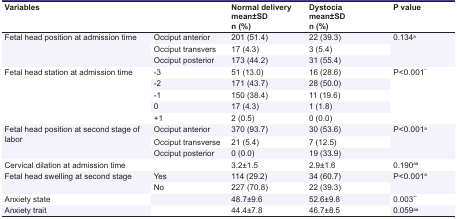
<table><thead><tr><td colspan="2"><b>Variables </b></td><td><b>Normal deliverymean±SDn (%)</b></td><td><b>Dystociamean±SDn (%)</b></td><td><b>P value </b></td></tr></thead><tbody><tr><td rowspan="3"> Fetal head position at admission time </td><td> Occiput anterior </td><td> 201 (51.4) </td><td> 22 (39.3) </td><td rowspan="3">0.134<sup>a</sup></td></tr><tr><td> Occiput transvers </td><td> 17 (4.3) </td><td> 3 (5.4) </td></tr><tr><td> Occiput posterior </td><td> 173 (44.2) </td><td> 31 (55.4) </td></tr><tr><td rowspan="5"> Fetal head station at admission time </td><td> -3 </td><td> 51 (13.0) </td><td> 16 (28.6) </td><td rowspan="5">P&lt;0.001<sup>*</sup></td></tr><tr><td> -2 </td><td> 171 (43.7) </td><td> 28 (50.0) </td></tr><tr><td> -1 </td><td> 150 (38.4) </td><td> 11 (19.6) </td></tr><tr><td> 0 </td><td> 17 (4.3) </td><td> 1 (1.8) </td></tr><tr><td> +1 </td><td> 2 (0.5) </td><td> 0 (0.0) </td></tr><tr><td rowspan="3"> Fetal head position at second stage of labor </td><td> Occiput anterior </td><td> 370 (93.7) </td><td> 30 (53.6) </td><td rowspan="3">P&lt;0.001<sup>a</sup></td></tr><tr><td> Occiput transverse </td><td> 21 (5.4) </td><td> 7 (12.5) </td></tr><tr><td> Occiput posterior </td><td> 0 (0.0) </td><td> 19 (33.9) </td></tr><tr><td> Cervical dilation at admission time </td><td></td><td> 3.2±1.5 </td><td> 2.9±1.6 </td><td>0.190<sup>aa</sup></td></tr><tr><td rowspan="2"> Fetal head swelling at second stage </td><td> Yes </td><td> 114 (29.2) </td><td> 34 (60.7) </td><td rowspan="2">P&lt;0.001<sup>a</sup></td></tr><tr><td> No </td><td> 227 (70.8) </td><td> 22 (39.3) </td></tr><tr><td> Anxiety state </td><td></td><td> 48.7±9.6 </td><td> 52.6±9.8 </td><td>0.003<sup>**</sup></td></tr><tr><td> Anxiety trait </td><td></td><td> 44.4±7.8 </td><td> 46.7±8.5 </td><td>0.059<sup>aa</sup></td></tr></tbody></table>